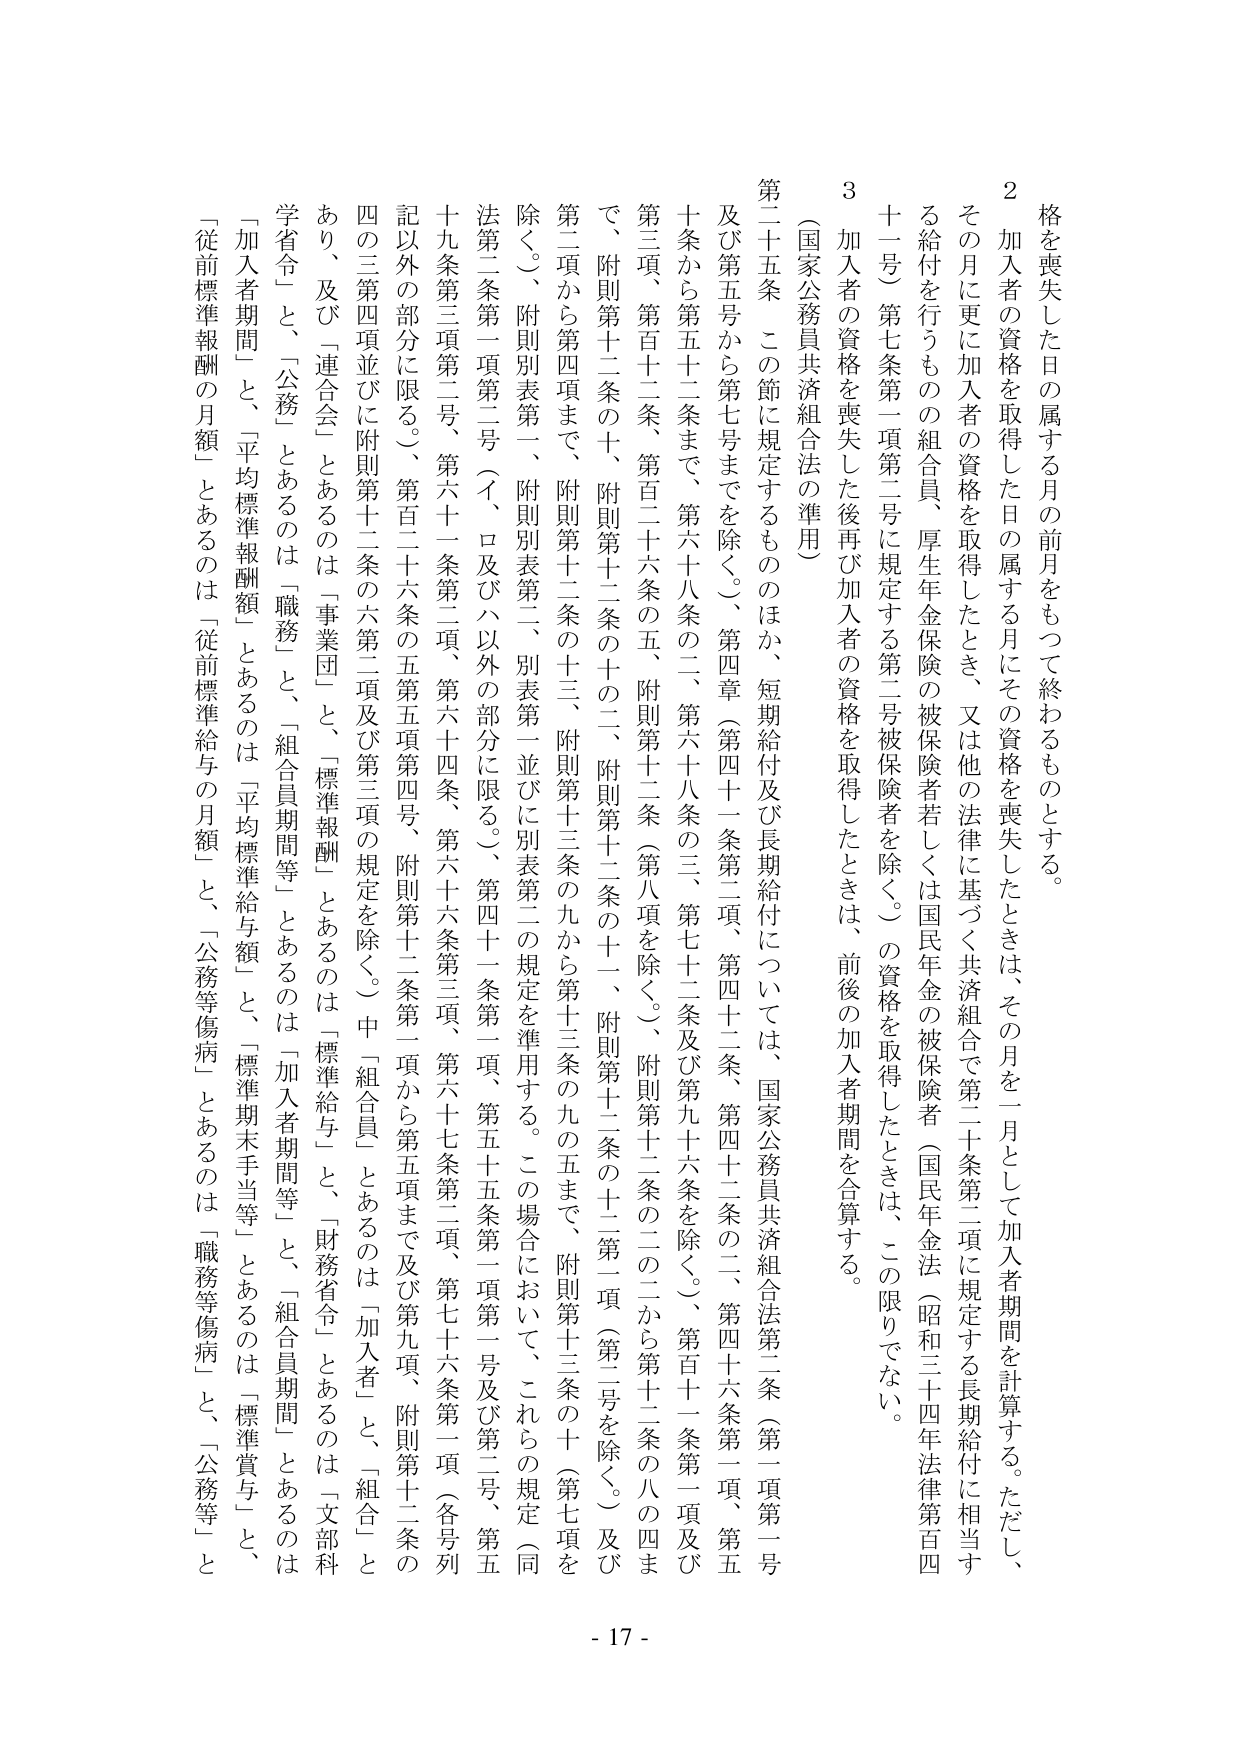
格を喪失した日の属する月の前月をもって終わるものとする。

２ 加入者の資格を取得した日の属する月にその資格を喪失したときは、その月を一月として加入者期間を計算する。ただし、その月に更に加入者の資格を取得したとき、又は他の法律に基づく共済組合で第二十条第二項に規定する長期給付に相当する給付を行うものの組合員、厚生年金保険の被保険者若しくは国民年金の被保険者（国民年金法（昭和三十四年法律第百四十一号）第七条第一項第二号に規定する第二号被保険者を除く。）の資格を取得したときは、この限りでない。

３ 加入者の資格を喪失した後再び加入者の資格を取得したときは、前後の加入者期間を合算する。

（国家公務員共済組合法の準用）

第二十五条 この節に規定するもののほか、短期給付及び長期給付については、国家公務員共済組合法第二条（第一項第一号及び第五号から第七号までを除く。）、第四章（第四十一条第二項、第四十二条、第四十二条の二、第四十六条第一項、第五十条から第五十二条まで、第六十八条の二、第六十八条の三、第七十二条及び第九十六条を除く。）、第百十一条第一項及び第三項、第百十二条、第百二十六条の五、附則第十二条（第八項を除く。）、附則第十二条の二の二から第十二条の八の四まで、附則第十二条の十、附則第十二条の十の二、附則第十二条の十一、附則第十二条の十二第一項（第二号を除く。）及び第二項から第四項まで、附則第十二条の十三、附則第十三条の九から第十三条の九の五まで、附則第十三条の十（第七項を除く。）、附則別表第一、附則別表第二、別表第一並びに別表第二の規定を準用する。この場合において、これらの規定（同法第二条第一項第二号（イ、ロ及びハ以外の部分に限る。）、第四十一条第一項、第五十五条第一項第一号及び第二号、第五十九条第三項第二号、第六十一条第二項、第六十四条、第六十六条第三項、第六十七条第二項、第七十六条第一項（各号列記以外の部分に限る。）、第百二十六条の五第五項第四号、附則第十二条第一項から第五項まで及び第九項、附則第十二条の四の三第四項並びに附則第十二条の六第二項及び第三項の規定を除く。）中「組合員」とあるのは「加入者」と、「組合」とあり、及び「連合会」とあるのは「事業団」と、「標準報酬」とあるのは「標準給与」と、「財務省令」とあるのは「文部科学省令」と、「公務」とあるのは「職務」と、「組合員期間等」とあるのは「加入者期間等」と、「組合員期間」とあるのは「加入者期間」と、「平均標準報酬額」とあるのは「平均標準給与額」と、「標準期末手当等」とあるのは「標準賞与」と、「従前標準報酬の月額」とあるのは「従前標準給与の月額」と、「公務等傷病」とあるのは「職務等傷病」と、「公務等」と

- 17 -